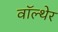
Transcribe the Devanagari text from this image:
वॉल्थेर